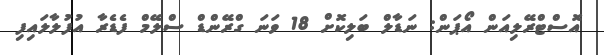
އޮސްޓްރޭލިއަން އޯޕަން: ނަޑާލް ބަލިކޮށް 18 ވަނަ ގްރޭންޑް ސްލޭމް ފެޑެރާ އުފުލާލައިފި